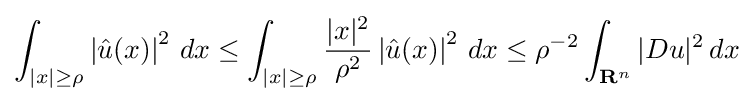
\int _{|x|\geq \rho }\left|{\hat {u}}(x)\right|^{2}\,dx\leq \int _{|x|\geq \rho }{\frac {|x|^{2}}{\rho ^{2}}}\left|{\hat {u}}(x)\right|^{2}\,dx\leq \rho ^{-2}\int _{\mathbf {R} ^{n}}|Du|^{2}\,dx